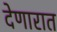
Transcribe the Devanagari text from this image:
देणारात